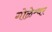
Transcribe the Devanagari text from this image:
गोळेश्र्वर